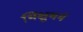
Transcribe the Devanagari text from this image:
भिक्षुधर्म